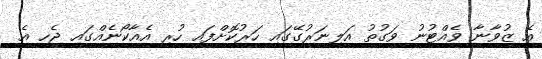
އެ ޒުވާނާ ވެއްޓުނު ވަގުތު އަލިނަރުގޭގައި ހަރުކޮށްފައި ހުރި އެއާކޯނެއްގައި ޖެހި އެ